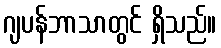
ဂျပန်ဘာသာတွင် ရှိသည်။